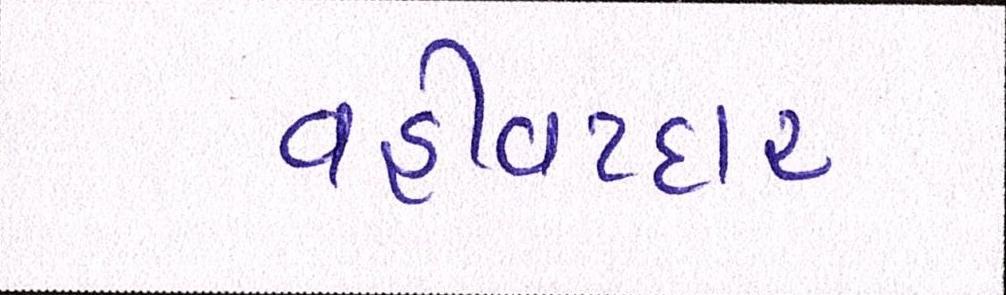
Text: વહીવટદાર